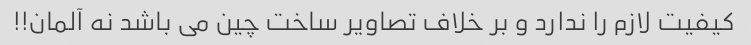
کیفیت لازم را ندارد و بر خلاف تصاویر ساخت چین می باشد نه آلمان!!